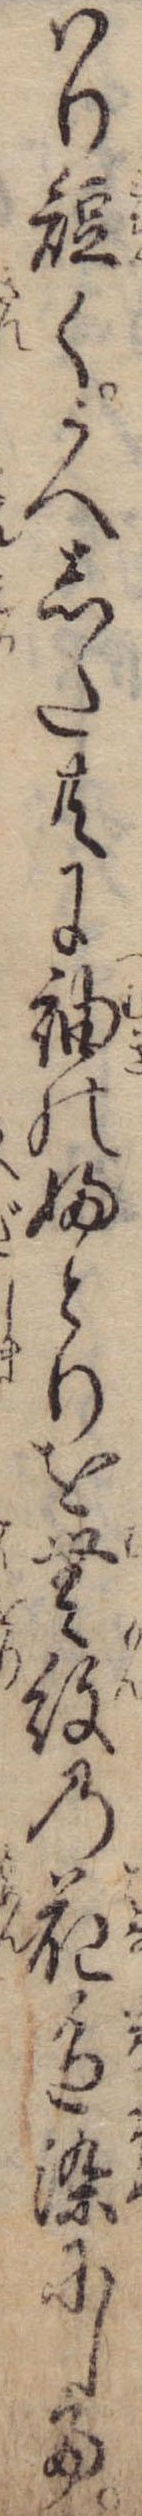
はり短くうへした共に紬のふとりを無紋の花色染にして